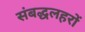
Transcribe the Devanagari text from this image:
संबद्धलहरों